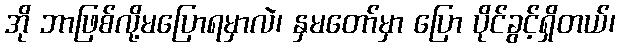
အို ဘာဖြစ်လို့မပြောရမှာလဲ၊ နှမတော်မှာ ပြော ပိုင်ခွင့်ရှိတယ်၊